Scientific memoirs by medical officers of the Army of India - Part III,
Year: 1887
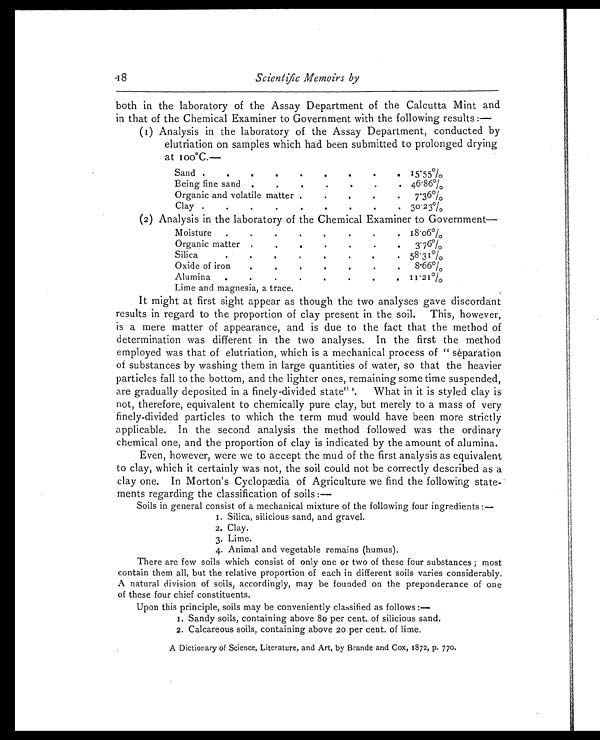
Scientific Memoirs by
both in the laboratory of the Assay Department of the Calcutta Mint and
in that of the Chemical Examiner to Government with the following results :—
(I) Analysis in the laboratory of the Assay Department, conducted by
elutriation on samples which had been submitted to prolonged drying
a t 1 0 0°C. —
Sand . . • . • . • • • 15. 55%
Being fine sand . . .
46.86%
Organic and volatile matter .
• • • 7.36%
Clay . . . . . . . . . 30.2 %
(2) Analysis in the laboratory of the Chemical Examiner to Government
Moisture ..
.
. .
18.o6%
Organic matter .
. . .
.
3. 76%
Silica. .
.
.
..
. . 58. 31%
Oxide of iron.
• • . 8.66%
Alumina
. . . •
Lime and magnesia, a trace.
11.21%
It might at first sight appear as though the two analyses gave discordant
results in regard to the proportion of clay present in the soil. This, however,
is a mere matter of appearance, and is due to the fact that the method of
determination was different in the two analyses. In the first the method
employed was that of elutriation, which is a mechanical process of " separation
of substances by washing them in large quantities of water, so that the heavier
particles fall to the bottom, and the lighter ones, remaining some time suspended,
are gradually deposited in a finely-divided state" What in it is styled clay is
not, therefore, equivalent to chemically pure clay, but merely to a mass of very
finely-divided particles to which the term mud would have been more strictly
applicable. In the second analysis the method followed was the ordinary
chemical one, and the proportion of clay is indicated by the amount of alumina.
Even, however, were we to accept the mud of the first analysis as equivalent
to clay, which it certainly was not, the soil could not be correctly described as a
clay one. In Morton's Cyclopædia of Agriculture we find the following state
-ments regarding the classification of soils :
— Soils in general consist of a mechanical mixture of the following four ingredients :
—
1 . S i l i c a , s i l i c i o u s s a n d , a n d g r a v e l .
2 . C l a y .
3 . L i m e .
4 . A n i m a l a n d v e g e t a b l e r e m a i n s ( h u m u s ) .
There are few soils which consist of only one or two of these four substances ; most
contain them all, but the relative proportion of each in different soils varies considerably,
A natural division of soils, accordingly, may be founded on the preponderance of one
of these four chief constituents.
Upon this principle, soils may be conveniently classified as follows :
— 1. Sandy soils, containing above 80 per cent. of silicious sand.
2. Cal car eous soi l s, cont ai ni ng above 20 per cent , of l i me.
A Di cti onary of Sci ence, Li terature, and Art, by Brande and Cox, 1872, p. 770.